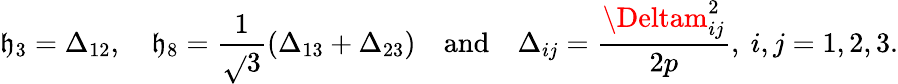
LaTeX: \mathfrak{h}_{3}=\Delta_{12},\quad\mathfrak{h}_{8}=\frac{{1}}{{\sqrt{}{{3}}}}(\Delta_{13}+\Delta_{23})\quad\textrm{{and}}\quad\Delta_{ij}=\frac{{\Deltam_{ij}^{2}}}{{2p}},~i,j=1,2,3.